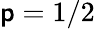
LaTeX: \mathsf{p}=1/2